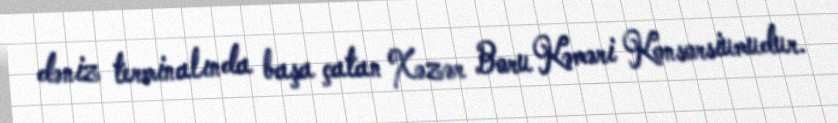
dəniz terminalında başa çatan Xəzər Boru Kəməri Konsorsiumudur.